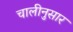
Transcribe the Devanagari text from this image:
चालीनुसार